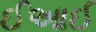
ઈઆઈ